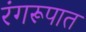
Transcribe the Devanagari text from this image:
रंगरूपात